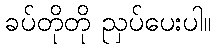
ခပ်တိုတို ညှပ်ပေးပါ။